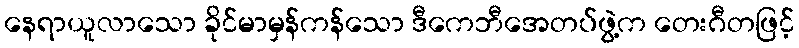
နေရာယူလာသော ခိုင်မာမှန်ကန်သော ဒီကေဘီအေတပ်ဖွဲ့က တေးဂီတဖြင့်